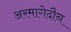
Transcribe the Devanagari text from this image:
अरमागेदौन